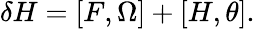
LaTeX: \delta H=[F,\Omega]+[H,\theta].